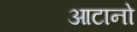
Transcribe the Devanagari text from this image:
आटानो